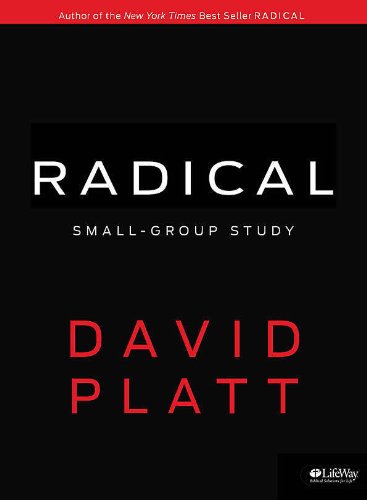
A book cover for Radical Small Group Study DVD Leader Kit; David Platt; Teen & Young Adult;